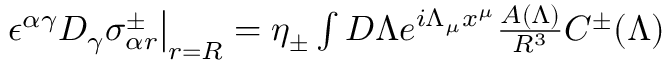
\begin{array} { r } { \left. \epsilon ^ { \alpha \gamma } D _ { \gamma } \sigma _ { \alpha r } ^ { \pm } \right| _ { r = R } = \eta _ { \pm } \int D \Lambda e ^ { i \Lambda _ { \mu } x ^ { \mu } } \frac { A ( \Lambda ) } { R ^ { 3 } } C ^ { \pm } ( \Lambda ) } \end{array}